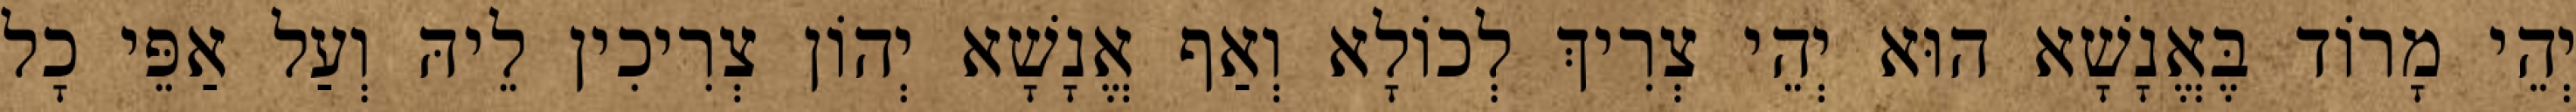
יְהֵי מָרוֹד בֶּאֱנָשָׁא הוּא יְהֵי צְרִיךְ לְכוֹלָא וְאַף אֱנָשָׁא יְהוֹן צְרִיכִין לֵיהּ וְעַל אַפֵּי כָל